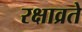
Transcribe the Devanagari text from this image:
रक्षाव्रते